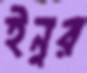
ইনুর